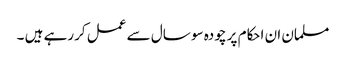
مسلمان ان احکام پر چودہ سو سال سے عمل کررہے ہیں ۔